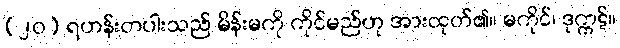
(၂၀) ရဟန်းတပါးသည် မိန်းမကို ကိုင်မည်ဟု အားထုတ်၏။ မကိုင်၊ ဒုက္ကဋ်။